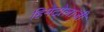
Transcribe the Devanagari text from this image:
हिमेटोलाजी